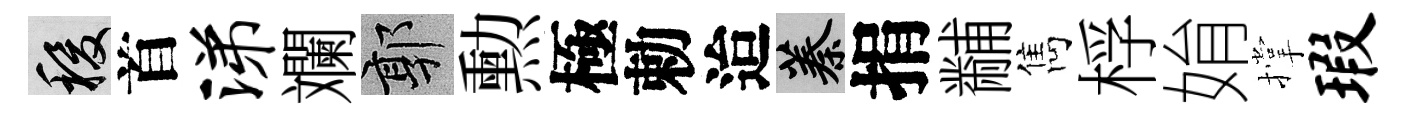
稷首涕斕郭勲極勅迨蓁捐黼雋桴姢撑瑕